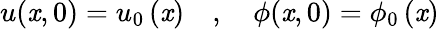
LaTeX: u(\mathit{x},0)={u_{0}}\, (\mathit{x})\quad,\quad\phi(\mathit{x},0)={\phi_{0}}\, (\mathit{x})